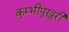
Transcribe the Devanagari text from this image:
कुम्भीपुखुरी